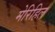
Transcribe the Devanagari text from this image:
मेरिहिल